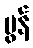
မွန်